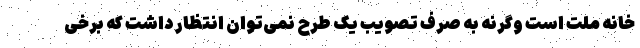
خانه ملت است وگرنه به صرف تصویب یک طرح نمی‌توان انتظار داشت که برخی